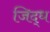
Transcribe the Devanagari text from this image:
जिद्ध